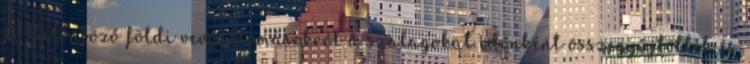
A különböző földi vevőállomásokról a szalagokat időnként összegyűjtötték és